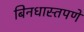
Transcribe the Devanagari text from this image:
बिनधास्तपणे